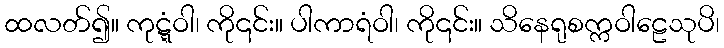
ထလတ်၍။ ကုဋ္ဋံဝါ၊ ကို၎င်း။ ပါကာရံဝါ၊ ကို၎င်း။ သိနေရုစက္ကဝါဠေသုပိ၊